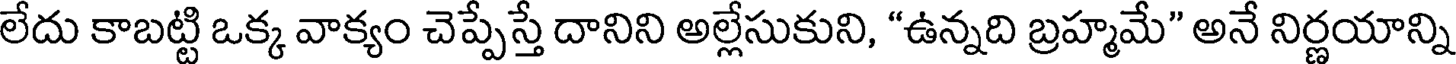
లేదు కాబట్టి ఒక్క వాక్యం చెప్పేస్తే దానిని అల్లేసుకుని, "ఉన్నది బ్రహ్మమే" అనే నిర్ణయాన్ని